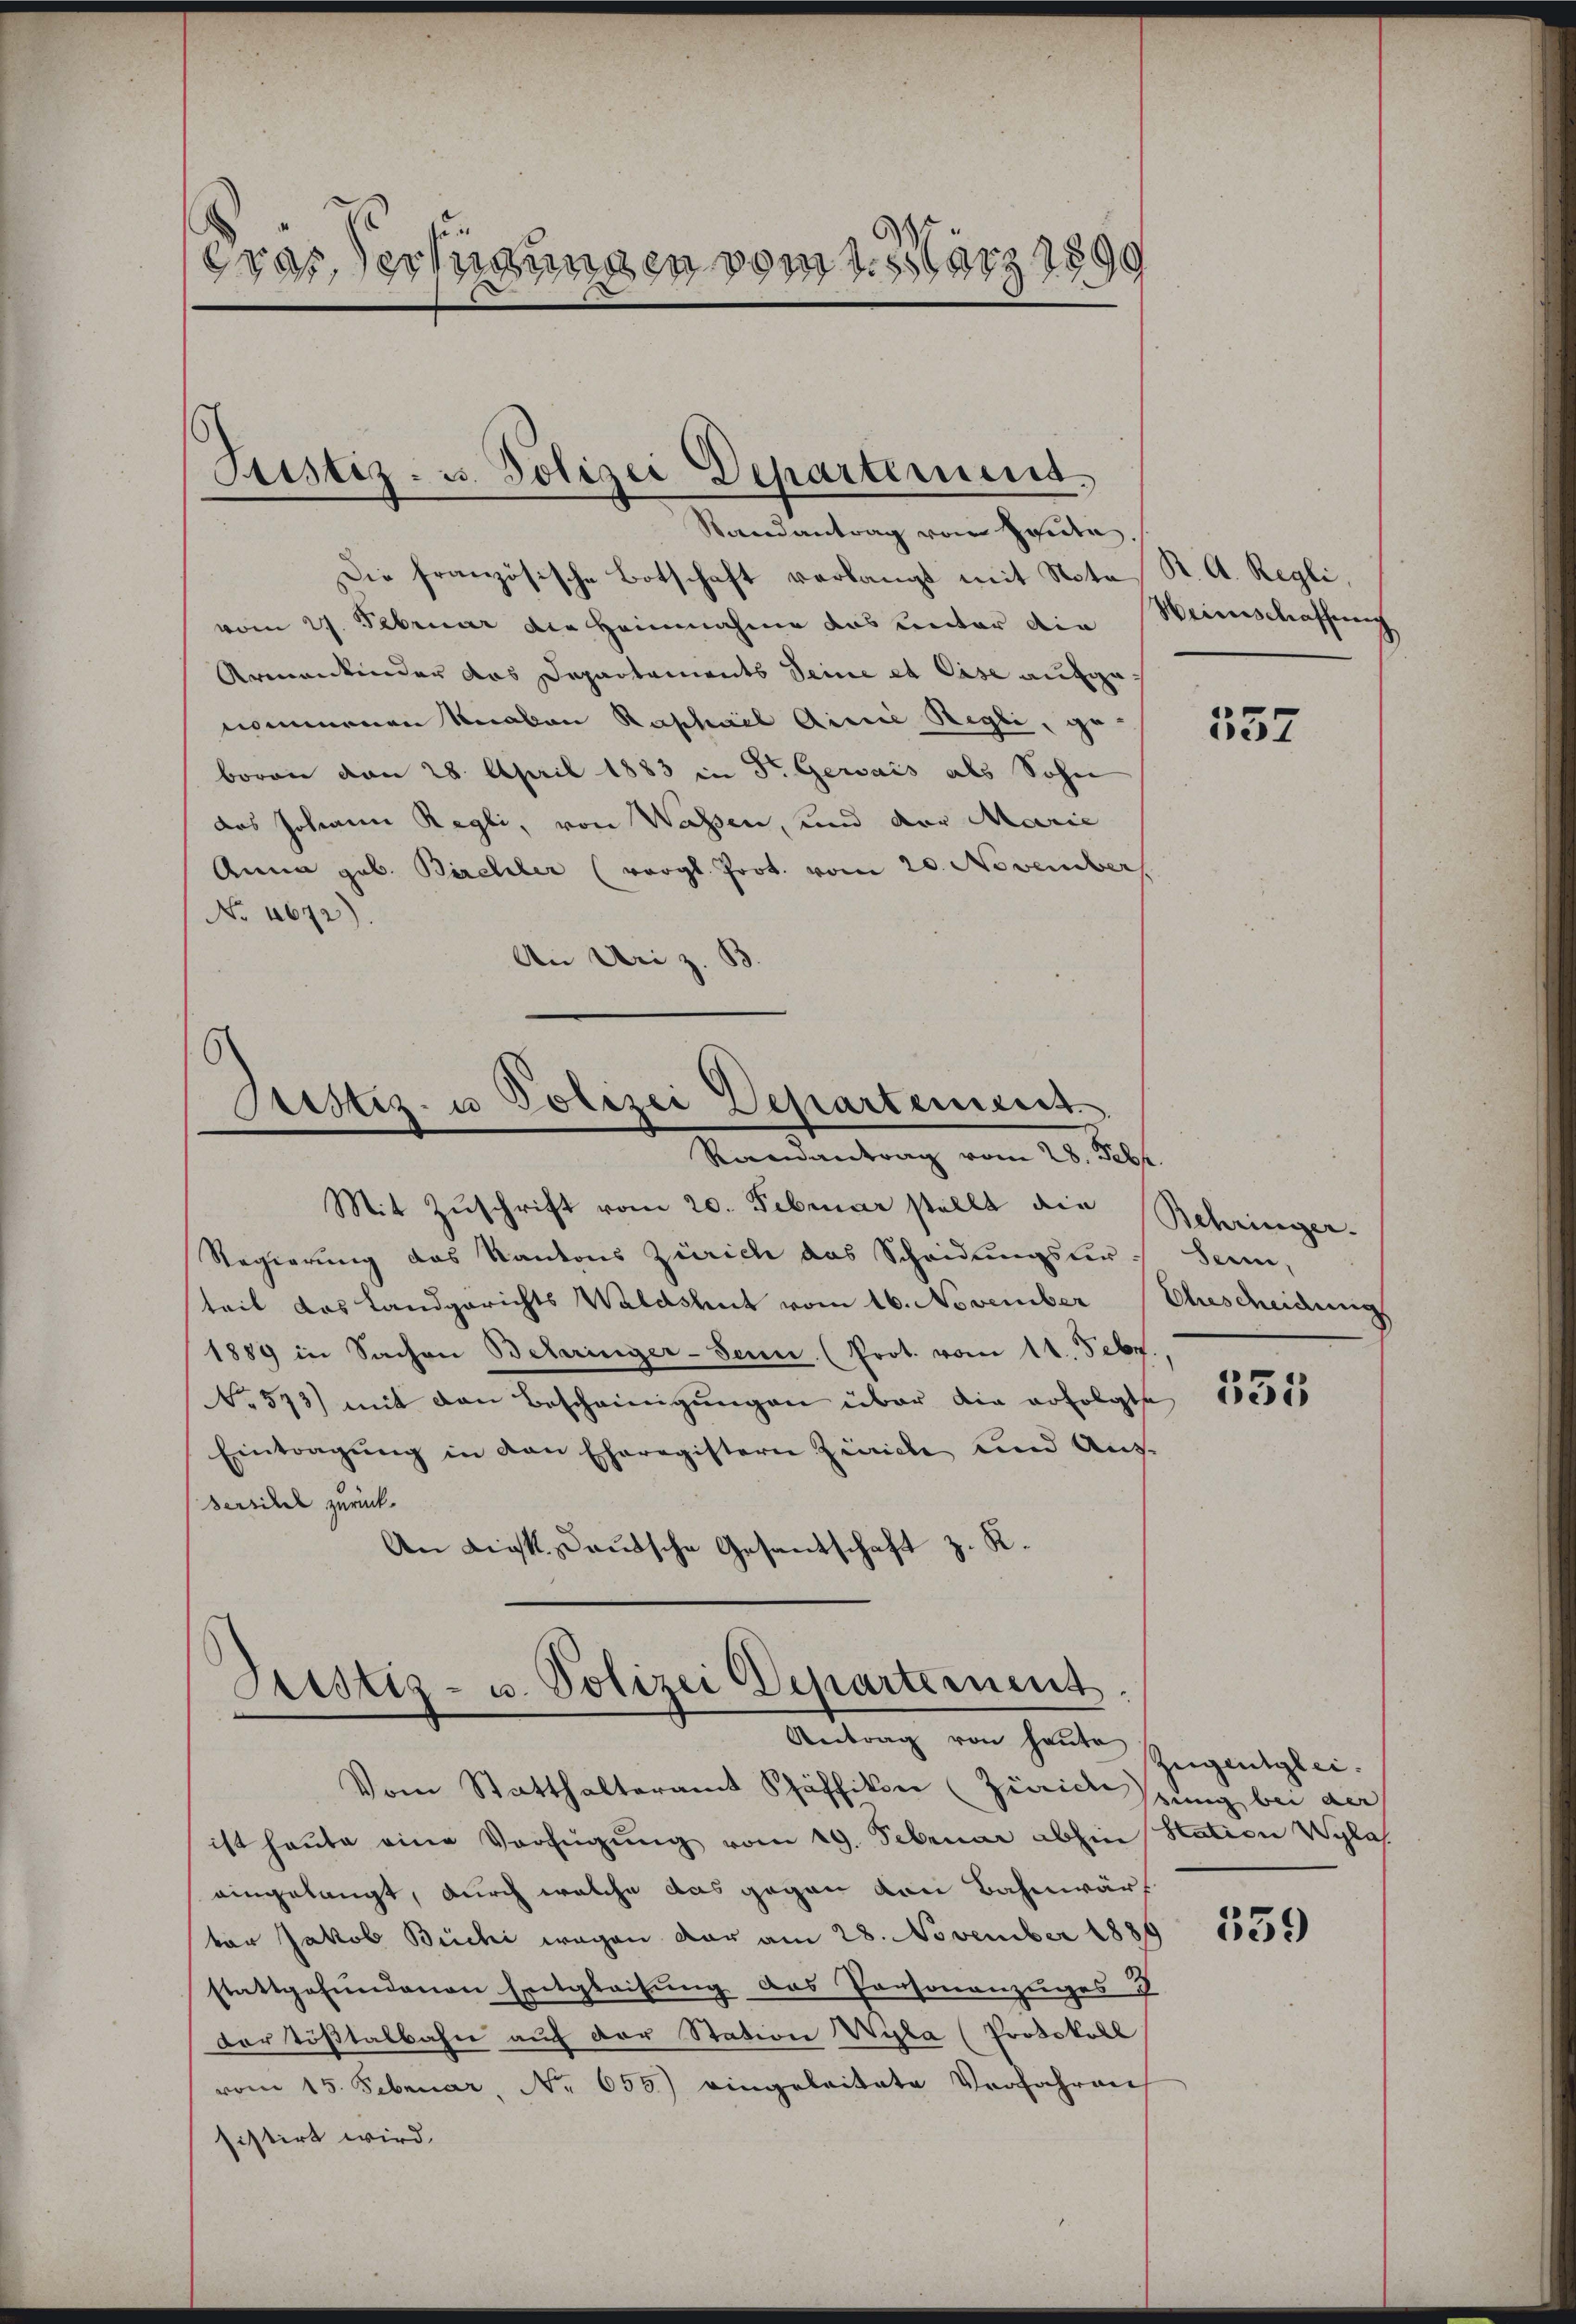
Gras Verfügungen vom 1. März 1899

Die französische Botschaft verlangt mit Nota, K. A. Regli,
vom 27. Februar die Heinnahme das unter die Weinschaffung
Armankinder das Departements Seine et Case aufgenommenen Krakan Raphael Ainie Regli, ge
boren von 28. April 1883 in Dr. Gewais als Sohn
das Johann Regli, von Wassen, und der Marie
Anna geb. Birchler (vergl. Prot. vom 20. November
No 4672)
An Uri z. B.

Justiz- u. Polizei Departemens,
Randantrag von Heute.

Justiz- u Polizei Departement
Randantrag vom 28. Febr.

Justiz- u. Polizei Departement.
Antrag von heute Zügentglei¬
Vom Statthalteramt Schäffikon (Zürich stung bei der

Mit Zŭschrift vom 20. Februar stellt die Schringer-
Regierung des Kantons Zürich das Scheidŭngsŭr- Seen,
teil das Landgerichts Waldshut vom 16. November Ehescheidung
1889 in Sachen Beteringer-Sem (Prot. vom 11. Febr.
No 513) mit den Bescheinigŭngen über die erfolgte
Eintragŭng in den Eheregistern Zürich und Aus-
serikel zurück.
An Ligk. Lautsche Gesantschaft z. R.

ist heute eine Verfügŭng vom 19. Februar abhin Station Wyla.
eingelangt, durch welche das gegen von Bahnwärtor Jakob Büchi wegen der am 28. November 1889
stattgefundenen Entgleitung des Personanzuges
der Tößtalbahn auf der Station Wyla (Protokoll
vom 15. Februar, No. 655) eingeleitete Verfahren
sistirt wird.

557

535

359